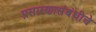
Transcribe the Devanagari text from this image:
प्रसारणासंबंधीचे